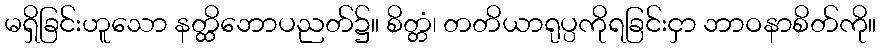
မရှိခြင်းဟူသော နတ္ထိဘောပညတ်၌။ စိတ္တံ၊ တတိယာရုပ္ပကိုရခြင်းငှာ ဘာဝနာစိတ်ကို။